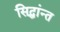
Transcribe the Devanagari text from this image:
सिद्धांन्त